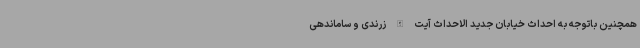
همچنین باتوجه به احداث خیابان جدید الاحداث آیت الله زرندی و ساماندهی